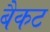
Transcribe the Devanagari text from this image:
बैकट